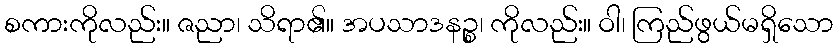
စကားကိုလည်း။ ဇညာ၊ သိရာ၏။ အပသာဒနဉ္စ၊ ကိုလည်း။ ဝါ၊ ကြည်ဖွယ်မရှိသော